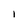
Character: 1